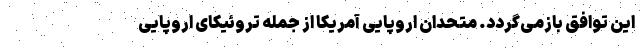
این توافق بازمی‌گردد. متحدان اروپایی آمریکا از جمله تروئیکای اروپایی